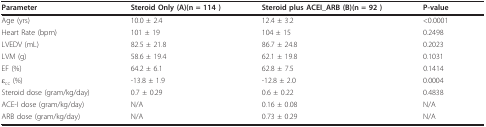
<table><thead><tr><td><b>Parameter</b></td><td><b>Steroid Only (A)(n = 114 )</b></td><td><b>Steroid plus ACEI_ARB (B)(n = 92 )</b></td><td><b>P-value</b></td></tr></thead><tbody><tr><td>Age (yrs)</td><td>10.0 ± 2.4</td><td>12.4 ± 3.2</td><td>&lt;0.0001</td></tr><tr><td>Heart Rate (bpm)</td><td>101 ± 19</td><td>104 ± 15</td><td>0.2498</td></tr><tr><td>LVEDV (mL)</td><td>82.5 ± 21.8</td><td>86.7 ± 24.8</td><td>0.2023</td></tr><tr><td>LVM (g)</td><td>58.6 ± 19.4</td><td>62.1 ± 19.8</td><td>0.1031</td></tr><tr><td>EF (%)</td><td>64.2 ± 6.1</td><td>62.8 ± 7.5</td><td>0.1414</td></tr><tr><td>ε<sub>cc </sub>(%)</td><td>-13.8 ± 1.9</td><td>-12.8 ± 2.0</td><td>0.0004</td></tr><tr><td>Steroid dose (gram/kg/day)</td><td>0.7 ± 0.29</td><td>0.6 ± 0.22</td><td>0.4838</td></tr><tr><td>ACE-I dose (gram/kg/day)</td><td>N/A</td><td>0.16 ± 0.08</td><td>N/A</td></tr><tr><td>ARB dose (gram/kg/day)</td><td>N/A</td><td>0.73 ± 0.29</td><td>N/A</td></tr></tbody></table>